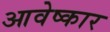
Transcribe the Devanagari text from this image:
आवेष्कार